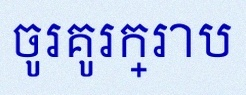
ចូរគូរក្រាប